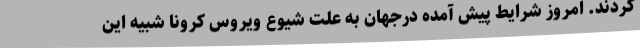
کردند. امروز شرایط پیش آمده درجهان به علت شیوع ویروس کرونا شبیه این